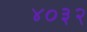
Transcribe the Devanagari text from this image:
४०३२